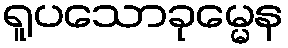
ရူပသောခုမ္မေန